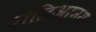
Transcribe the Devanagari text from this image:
पौलिअर्न्य